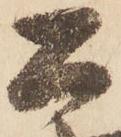
公